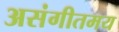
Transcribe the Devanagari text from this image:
असंगीतमय